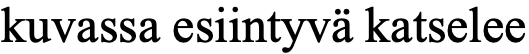
kuvassa esiintyvä katselee